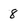
Character: 8